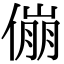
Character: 傰